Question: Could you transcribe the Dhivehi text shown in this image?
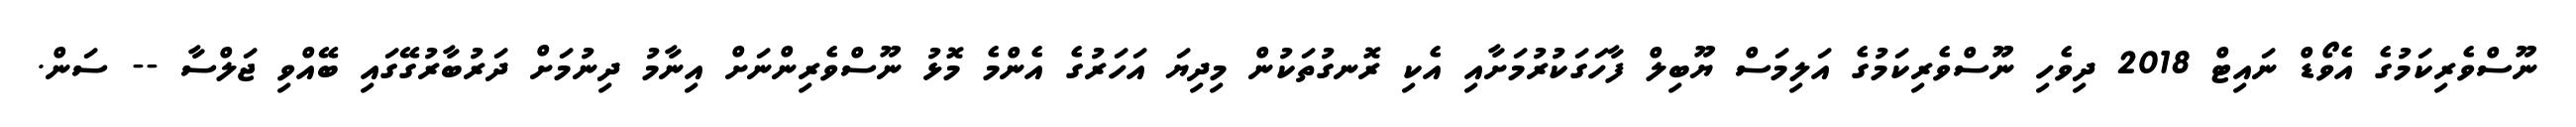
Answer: ނޫސްވެރިކަމުގެ އެވޯޑް ނައިޓް 2018 ދިވެހި ނޫސްވެރިކަމުގެ އަލިމަސް ޔޫބިލް ފާހަގަކުރުމަށާއި އެކި ރޮނގުތަކުން މިދިޔަ އަހަރުގެ އެންމެ މޮޅު ނޫސްވެރިންނަށް އިނާމު ދިނުމަށް ދަރުބާރުގޭގައި ބޭއްވި ޖަލްސާ -- ސަން.